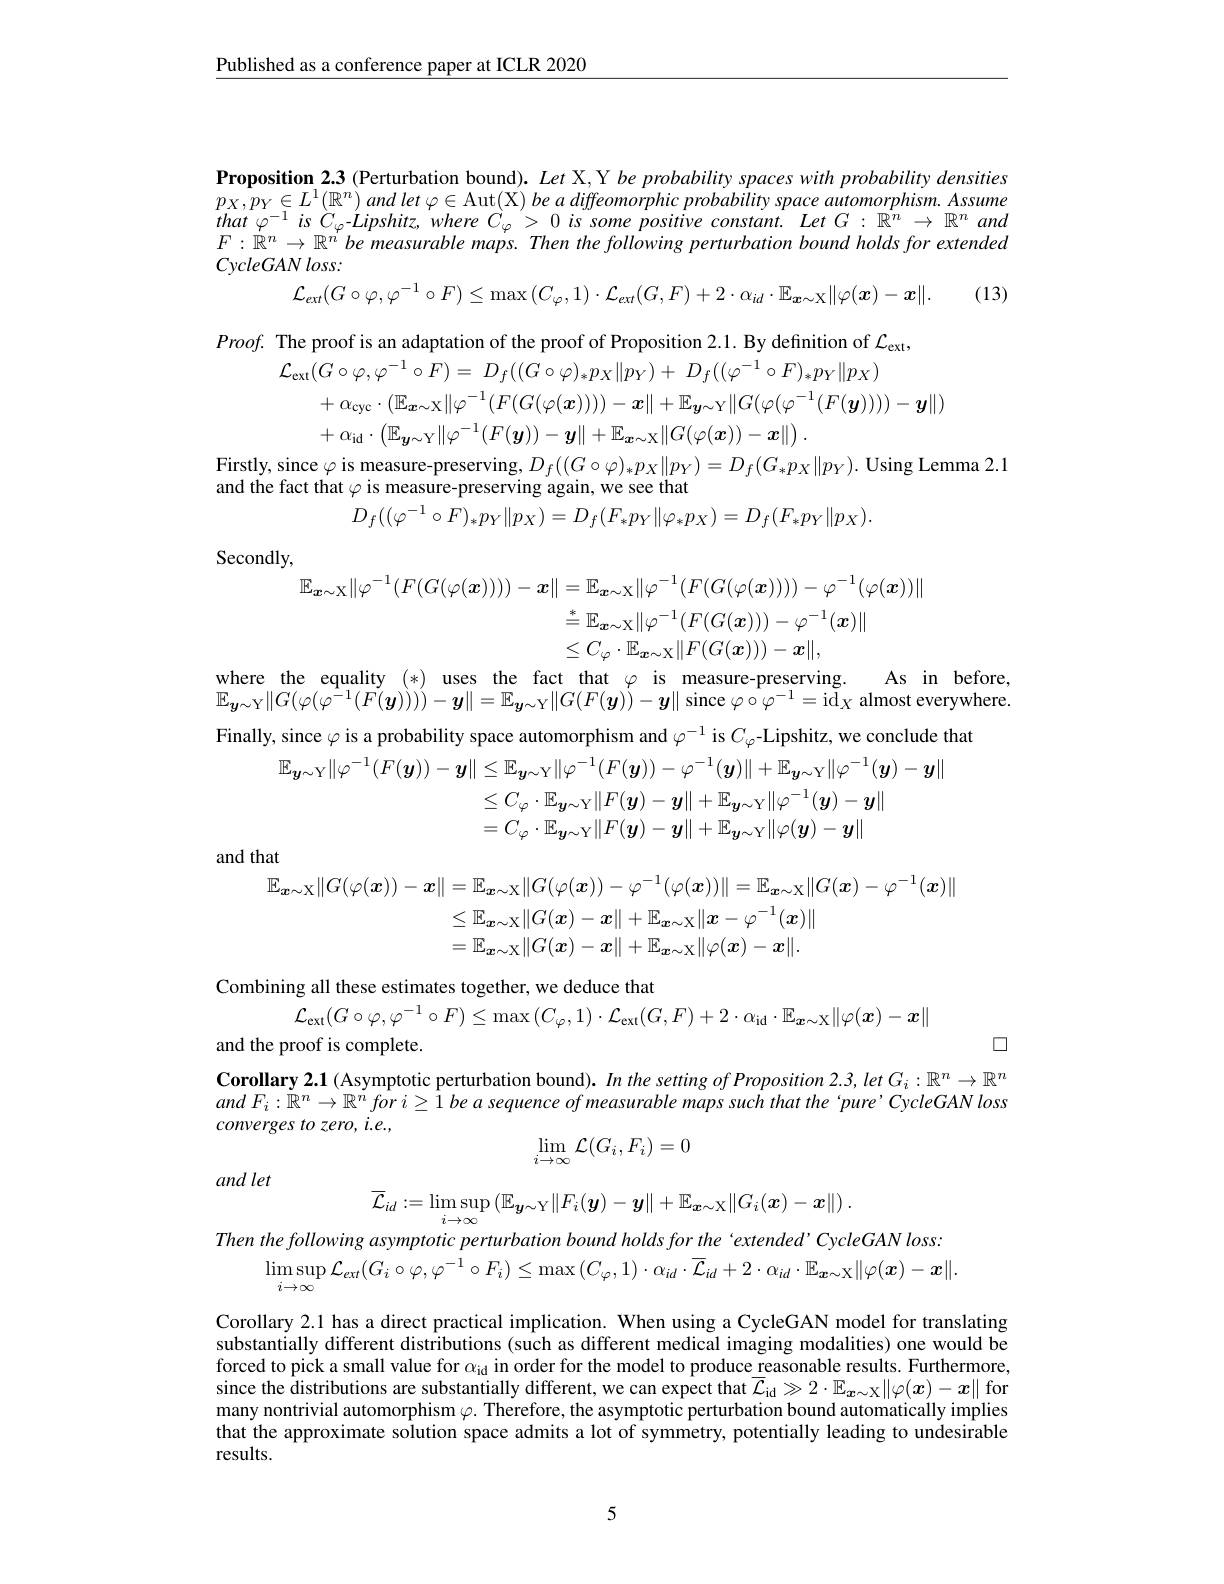
$\underline{\text{Published as a conference paper at ICLR 2020}}$

$\textbf{Proposition 2. 3 ( Perturbation bound) . Let X, Y be probability spaces with probability densities}$ $p_{X}, p_{Y}\in L^{1}( \mathbb{R} ^{n})$ and let $\varphi \in$Aut( X) be a diffeomorphic probability space automorphism. Assume that

$that\varphi^{-1}$ is $\dot{C}_\varphi$-Lipshitz,where $\dot{C}_\varphi>0$ is some positive constant. Let $G:\mathbb{R}^n\to\mathbb{R}^n$ and

$F:\dot{\mathbb{R}}^n\to\mathbb{R}^n$ be measurable maps. Then the following perturbation bound holds for extended

CycleGAN loss:

$\mathcal{L} _{ext}( G\circ \varphi , \varphi ^{- 1}\circ F) \leq \max \left ( C_{\varphi }, 1\right ) \cdot \mathcal{L} _{ext}( G, F) + 2\cdot \alpha _{id}\cdot \mathbb{E} _{{\boldsymbol{x}\sim \mathcal{X} }}\| \varphi ( \boldsymbol{x}) - \boldsymbol{x}\| .$ (13)

$Proof.$ The proof is an adaptation of the proof of Proposition 2.1. By definition of $\mathcal{L}_\mathrm{ext}$,
$$\begin{aligned}&\mathcal{L}_{\mathrm{ext}}(G\circ\varphi,\varphi^{-1}\circ F)\:=\:D_{f}((G\circ\varphi)_{*}p_{X}\|p_{Y})\:+\:D_{f}((\varphi^{-1}\circ F)_{*}p_{Y}\|p_{X})\\&+\alpha_{\mathrm{cyc}}\cdot(\mathbb{E}_{\boldsymbol{x}\sim\mathcal{X}}\|\varphi^{-1}(F(G(\varphi(\boldsymbol{x}))))-x\|+\mathbb{E}_{\boldsymbol{y}\sim\mathcal{Y}}\|G(\varphi(\varphi^{-1}(F(\boldsymbol{y}))))-\boldsymbol{y}\|)\\&+\alpha_{\mathrm{id}}\cdot\left(\mathbb{E}_{\boldsymbol{y}\sim\mathcal{Y}}\|\varphi^{-1}(F(\boldsymbol{y}))-\boldsymbol{y}\|+\mathbb{E}_{\boldsymbol{x}\sim\mathcal{X}}\|G(\varphi(\boldsymbol{x}))-\boldsymbol{x}\|\right).\end{aligned}$$
Firstly, since $\varphi$ is measure-preserving, $D_f((G\circ\varphi)_*p_X\|p_Y)=D_f(G_*p_X\|p_Y).$ Using Lemma 2.1

and the fact that $\varphi$ is measure-preserving again, we see that
$$D_f((\varphi^{-1}\circ F)_*p_Y\|p_X)=D_f(F_*p_Y\|\varphi_*p_X)=D_f(F_*p_Y\|p_X).$$
Secondly,
$$\begin{aligned}\mathbb{E}_{\boldsymbol{x}\sim\mathcal{X}}\|\varphi^{-1}(F(G(\varphi(\boldsymbol{x}))))-\boldsymbol{x}\|&=\mathbb{E}_{\boldsymbol{x}\sim\mathcal{X}}\|\varphi^{-1}(F(G(\varphi(\boldsymbol{x}))))-\varphi^{-1}(\varphi(\boldsymbol{x}))\|\\&\overset{*}{\operatorname*{=}}\mathbb{E}_{\boldsymbol{x}\sim\mathcal{X}}\|\varphi^{-1}(F(G(\boldsymbol{x})))-\varphi^{-1}(\boldsymbol{x})\|\\&\leq C_{\varphi}\cdot\mathbb{E}_{\boldsymbol{x}\sim\mathcal{X}}\|F(G(\boldsymbol{x})))-\boldsymbol{x}\|,\end{aligned}$$
where the equality (*) uses the fact that $\varphi$ is measure-preserving. As in before

$\mathbb{E}_{\boldsymbol{y}\sim\mathrm{Y}}\|G(\varphi(\varphi^{\acute{-}1}(\tilde{F(\boldsymbol{y}}))))-\boldsymbol{y}\|=\mathbb{E}_{\boldsymbol{y}\sim\mathrm{Y}}\|G(F(\boldsymbol{y}))-\boldsymbol{y}\|$ since $\varphi\circ\varphi^-1=\mathrm{id}_X$ almost everywhere
Finally, since $\varphi$ is a probability space automorphism and $\varphi^{-1}$ is $C_\varphi$-Lipshitz, we conclude thati
$$\begin{aligned}\mathbb{E}_{\boldsymbol{y}\sim\mathrm{Y}}\|\varphi^{-1}(F(\boldsymbol{y}))-\boldsymbol{y}\|&\leq\mathbb{E}_{\boldsymbol{y}\sim\mathrm{Y}}\|\varphi^{-1}(F(\boldsymbol{y}))-\varphi^{-1}(\boldsymbol{y})\|+\mathbb{E}_{\boldsymbol{y}\sim\mathrm{Y}}\|\varphi^{-1}(\boldsymbol{y})-\boldsymbol{y}|\\&\leq C_{\varphi}\cdot\mathbb{E}_{\boldsymbol{y}\sim\mathrm{Y}}\|F(\boldsymbol{y})-\boldsymbol{y}\|+\mathbb{E}_{\boldsymbol{y}\sim\mathrm{Y}}\|\varphi^{-1}(\boldsymbol{y})-\boldsymbol{y}\|\\&=C_{\varphi}\cdot\mathbb{E}_{\boldsymbol{y}\sim\mathrm{Y}}\|F(\boldsymbol{y})-\boldsymbol{y}\|+\mathbb{E}_{\boldsymbol{y}\sim\mathrm{Y}}\|\varphi(\boldsymbol{y})-\boldsymbol{y}\|\end{aligned}$$
and that
$$\begin{aligned}\mathbb{E}_{\boldsymbol{x}\sim\mathrm{X}}\|G(\varphi(\boldsymbol{x}))-\boldsymbol{x}\|&=\mathbb{E}_{\boldsymbol{x}\sim\mathrm{X}}\|G(\varphi(\boldsymbol{x}))-\varphi^{-1}(\varphi(\boldsymbol{x}))\|=\mathbb{E}_{\boldsymbol{x}\sim\mathrm{X}}\|G(\boldsymbol{x})-\varphi^{-1}(\boldsymbol{x})\|\\&\leq\mathbb{E}_{\boldsymbol{x}\sim\mathrm{X}}\|G(\boldsymbol{x})-\boldsymbol{x}\|+\mathbb{E}_{\boldsymbol{x}\sim\mathrm{X}}\|\boldsymbol{x}-\varphi^{-1}(\boldsymbol{x})\|\\&=\mathbb{E}_{\boldsymbol{x}\sim\mathrm{X}}\|G(\boldsymbol{x})-\boldsymbol{x}\|+\mathbb{E}_{\boldsymbol{x}\sim\mathrm{X}}\|\varphi(\boldsymbol{x})-\boldsymbol{x}\|.\end{aligned}$$
$\square$

Combining all these estimates together, we deduce that
$$\mathcal{L}_{\mathrm{ext}}(G\circ\varphi,\varphi^{-1}\circ F)\leq\max{(C_{\varphi},1)}\cdot\mathcal{L}_{\mathrm{ext}}(G,F)+2\cdot\alpha_{\mathrm{id}}\cdot\mathbb{E}_{\boldsymbol{x}\sim\mathcal{X}}\|\varphi(\boldsymbol{x})-\boldsymbol{x}\|$$
and the proof is complete.
Corollary 2.1 (Asymptotic perturbation bound). In the setting of Proposition 2.3, let $G_i:\mathbb{R}^n\to\mathbb{R}^n$ $andF_i:\bar{\mathbb{R}}^n\to\mathbb{R}^nfori\geq\hat{1}$ be a sequence of measurable maps such that the ‘pure’CycleGAN loss converges to zero, i.e.,
$$\lim_{i\to\infty}\mathcal{L}(G_i,F_i)=0$$
and let
$$\overline{\mathcal{L}}_{id}:=\lim\sup_{i\to\infty}\left(\mathbb{E}_{\boldsymbol{y}\sim\mathcal{Y}}\|F_{i}(\boldsymbol{y})-\boldsymbol{y}\|+\mathbb{E}_{\boldsymbol{x}\sim\mathcal{X}}\|G_{i}(\boldsymbol{x})-\boldsymbol{x}\|\right).$$
Then the following asymptotic perturbation bound holds for the 'extended'CycleGAN loss:
$$\operatorname*{lim}_{i\to\infty}\operatorname*{sup}_{i\to\infty}\mathcal{L}_{ext}(G_{i}\circ\varphi,\varphi^{-1}\circ F_{i})\leq\operatorname*{max}\left(C_{\varphi},1\right)\cdot\alpha_{id}\cdot\overline{\mathcal{L}}_{id}+2\cdot\alpha_{id}\cdot\mathbb{E}_{\boldsymbol{x}\sim\mathcal{X}}\|\varphi(\boldsymbol{x})-\boldsymbol{x}\|.$$
Corollary 2.1 has a direct practical implication. When using a CycleGAN model for translating substantially different distributions (such as different medical imaging modalities) one would be forced to pick a small value for $\alpha_\mathrm{id}$ in order for the model to produce reasonable results. Furthermore, since the distributions are substantially different, we can expect that $\overline{\mathcal{L}}_\mathrm{id}\gg2\cdot\mathbb{E}_{\boldsymbol{x}\sim\mathcal{X}}\|\varphi(\boldsymbol{x})-\boldsymbol{x}\|$ for $\begin{array}{c}\text{many nontrivial automorphism }\varphi.\textsf{Therefore, the asymptotic perturbation bound automatically implies}\\\end{array}$ that the approximate solution space admits a lot of symmetry, potentially leading to undesirable results.

5